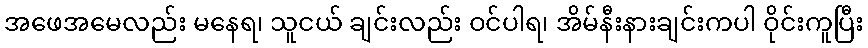
အဖေအမေလည်း မနေရ၊ သူငယ် ချင်းလည်း ဝင်ပါရ၊ အိမ်နီးနားချင်းကပါ ဝိုင်းကူပြီး